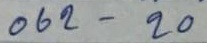
062 - 20